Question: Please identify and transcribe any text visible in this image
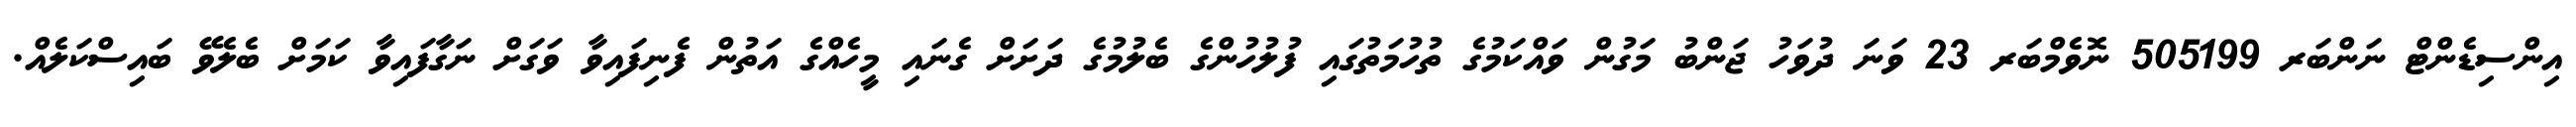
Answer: އިންސިޑެންޓް ނަންބަރ 505199 ނޮވެމްބަރ 23 ވަނަ ދުވަހު ޖަންބު މަގުން ވައްކަމުގެ ތުހުމަތުގައި ފުލުހުންގެ ބެލުމުގެ ދަށަށް ގެނައި މީހެއްގެ އަތުން ފެނިފައިވާ ވަގަށް ނަގާފައިވާ ކަމަށް ބެލެވޭ ބައިސްކަލެއް.